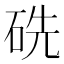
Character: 𥑻